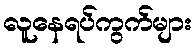
လူနေရပ်ကွက်များ